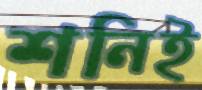
শনিই